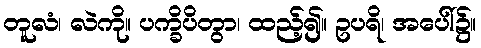
တူလံ၊ လဲကို။ ပက္ခိပိတွာ၊ ထည့်၍။ ဥပရိ၊ အပေါ်၌။